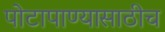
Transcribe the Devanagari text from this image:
पोटापाण्यासाठीच